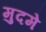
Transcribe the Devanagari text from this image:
मुदमे